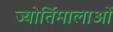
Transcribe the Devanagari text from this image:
ज्योर्तिमालाओं